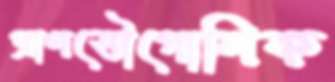
প্রাণভৌগোলিক